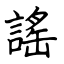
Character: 謠